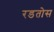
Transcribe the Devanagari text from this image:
रडतोस